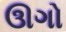
ઊગો